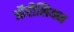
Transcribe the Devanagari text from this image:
ऑरीलियन